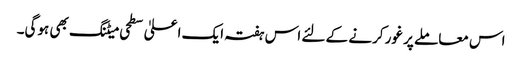
اس معاملے پر غور کرنے کے لئے اس ہفتہ ایک اعلیٰ سطحی میٹنگ بھی ہوگی۔